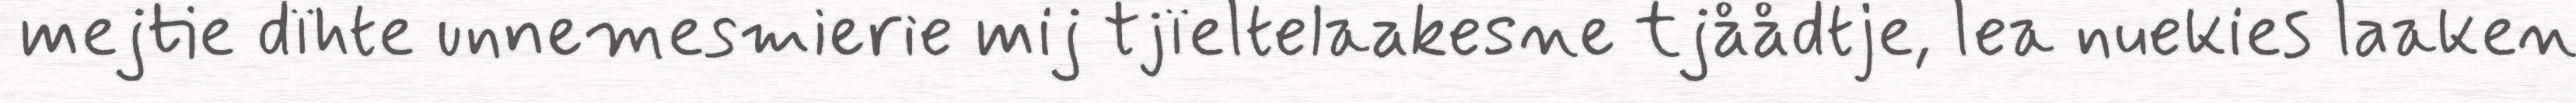
mejtie dïhte unnemesmierie mij tjïeltelaakesne tjåådtje, lea nuekies laaken